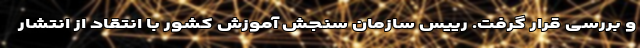
و بررسی قرار گرفت. رییس سازمان سنجش آموزش کشور با انتقاد از انتشار